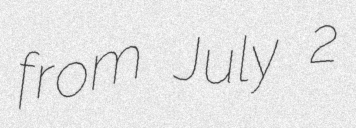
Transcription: from July 2